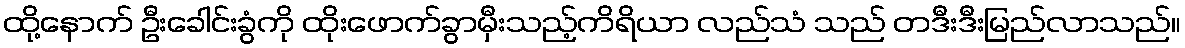
ထို့နောက် ဦးခေါင်းခွံကို ထိုးဖောက်ခွာမှီးသည့်ကိရိယာ လည်သံ သည် တဒီးဒီးမြည်လာသည်။